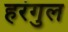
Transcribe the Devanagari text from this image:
हरंगुल